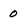
Character: 0